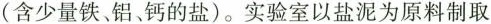
(含少量铁、铝、钙的盐)。实验室以盐泥为原料制取